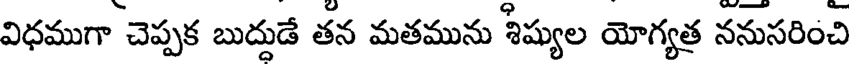
విధముగా చెప్పక బుద్దుడే తన మతమును శిష్యుల యోగ్యత్ర ననుసరించి